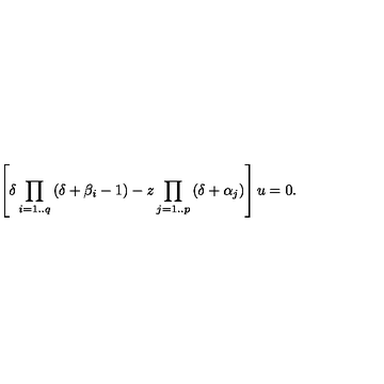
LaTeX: \left[ \delta \prod _ { i = 1 . . q } { ( \delta + \beta _ { i } - 1 ) } - z \prod _ { j = 1 . . p } { ( \delta + \alpha _ { j } ) } \right] u = 0 .